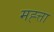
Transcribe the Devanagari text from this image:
मह्त्ता